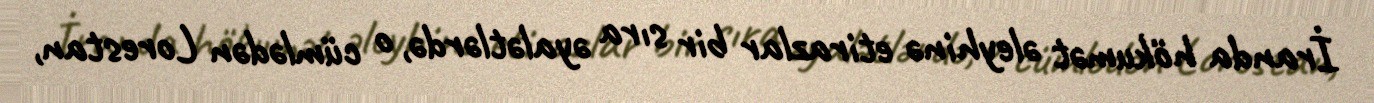
İranda hökumət əleyhinə etirazlar bir sıra əyalətlərdə, o cümlədən Lorestan,